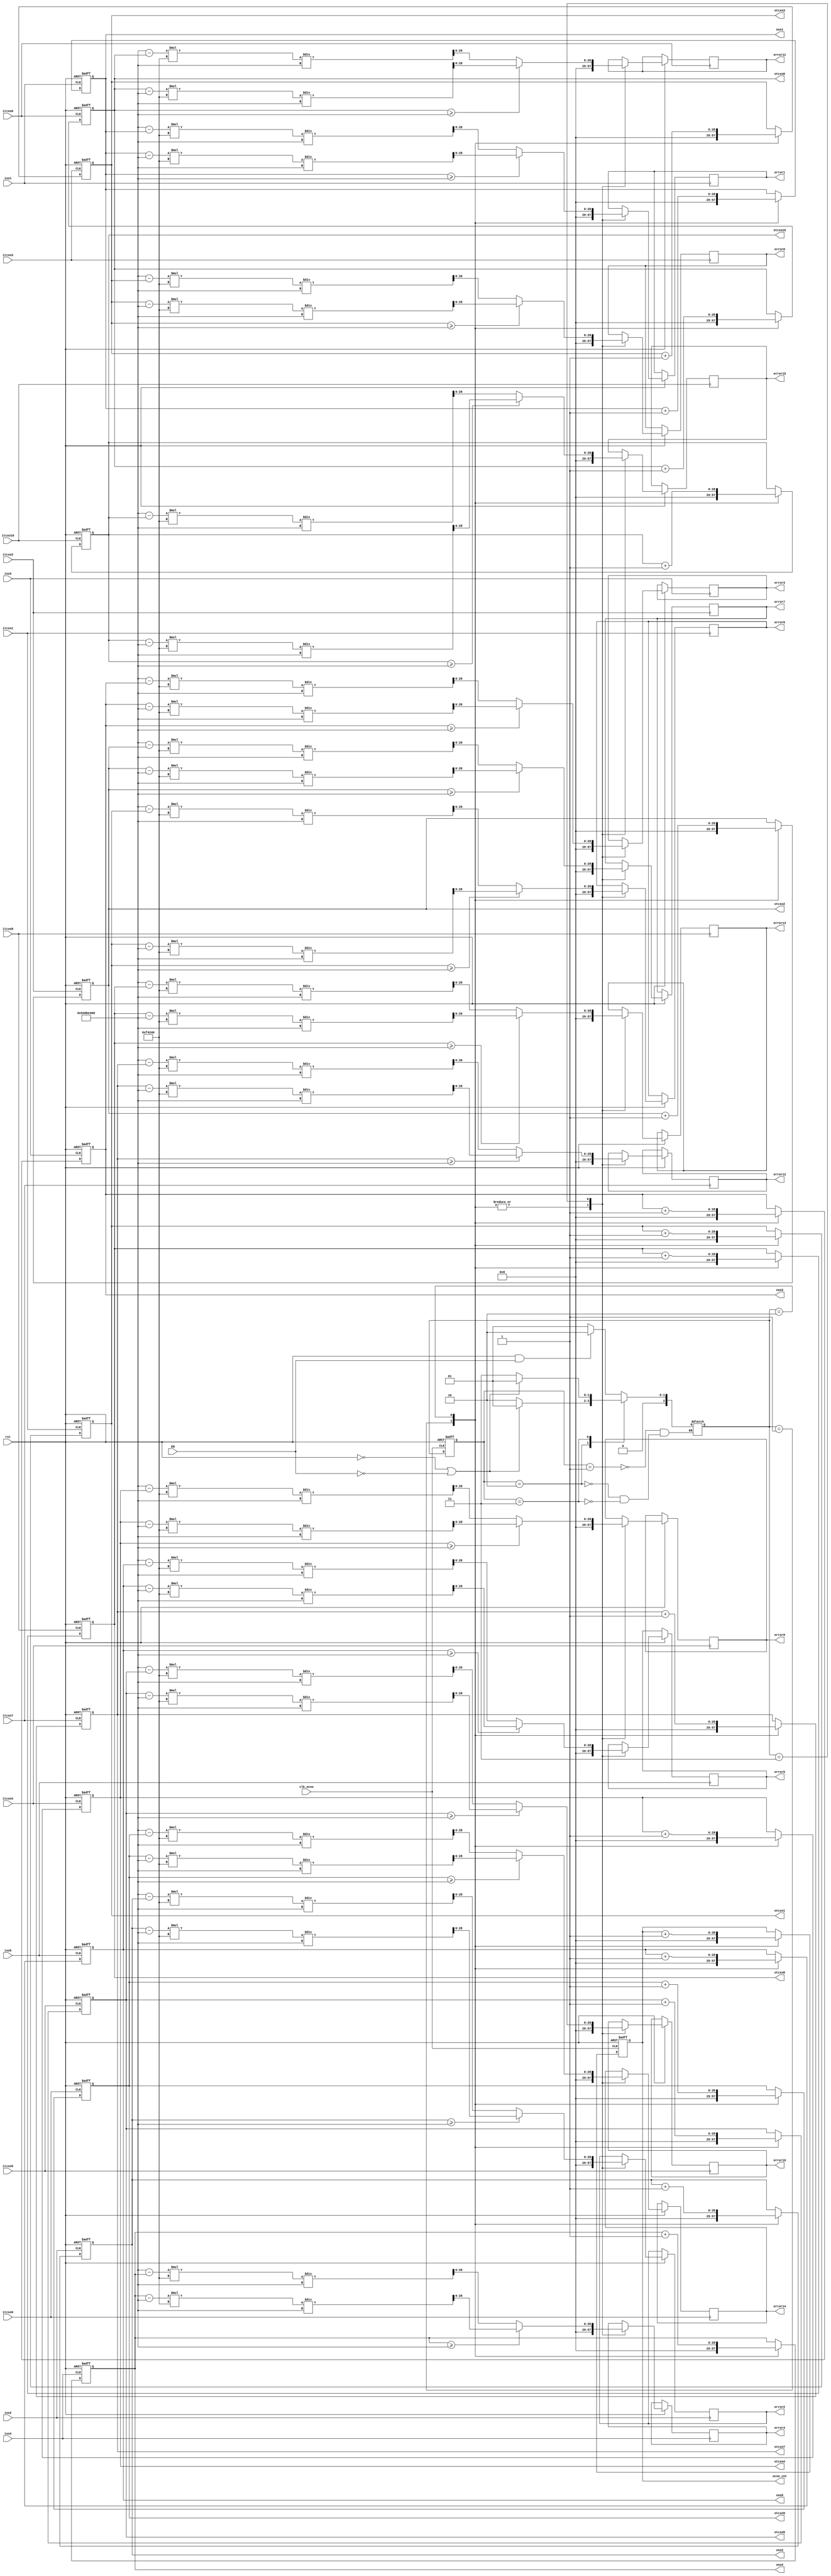
`timescale 1ns / 1ps
//////////////////////////////////////////////////////////////////////////////////
// Company: 
// Engineer: 
// 
// Design Name: 
// Module Name: Counter
// Project Name: 
// Target Devices: 
// Tool Versions: 
// Description: 
// 
// Dependencies: 
// 
// Revision:
// Revision 0.01 - File Created
// Additional Comments:
// 
//////////////////////////////////////////////////////////////////////////////////


module Counter #
(
parameter   bit_cnt = 29,                     //
parameter   frequency_clk_ref=100            //  ocxo100MHz
)
(
input                     rst,                   //
input                     EN,                   //
input                     clk_ocxo,             //ocxo
input                     ixo1,
input                     ixo2,
input                     ixo3,
input                     ixo4,
input                     ixo5,
input                     itcxo1,
input                     itcxo2,
input                     itcxo3,
input                     itcxo4,
input                     itcxo5,
input                     itcxo6,
input                     itcxo7,
input                     itcxo8,
input                     itcxo9,
input                     itcxo10,
output      reg     [bit_cnt-1:0]             error1,
output      reg     [bit_cnt-1:0]             error2,
output      reg     [bit_cnt-1:0]             error3,
output      reg     [bit_cnt-1:0]             error4,
output      reg     [bit_cnt-1:0]             error5,
output      reg     [bit_cnt-1:0]             error6,
output      reg     [bit_cnt-1:0]             error7,
output      reg     [bit_cnt-1:0]             error8,
output      reg     [bit_cnt-1:0]             error9,
output      reg     [bit_cnt-1:0]             error10,
output      reg     [bit_cnt-1:0]             error11,
output      reg     [bit_cnt-1:0]             error12,
output      reg     [bit_cnt-1:0]             error13,
output      reg     [bit_cnt-1:0]             error14,
output      reg     [bit_cnt-1:0]             error15,
output      reg     [bit_cnt-1:0]             ocxo_cnt,
output      reg     [bit_cnt-1:0]             oxo1,       
output      reg     [bit_cnt-1:0]             oxo2,       
output      reg     [bit_cnt-1:0]             oxo3,       
output      reg     [bit_cnt-1:0]             oxo4,       
output      reg     [bit_cnt-1:0]             oxo5,       
output      reg     [bit_cnt-1:0]             otcxo1,     
output      reg     [bit_cnt-1:0]             otcxo2,     
output      reg     [bit_cnt-1:0]             otcxo3,     
output      reg     [bit_cnt-1:0]             otcxo4,    
output      reg     [bit_cnt-1:0]             otcxo5,     
output      reg     [bit_cnt-1:0]             otcxo6,     
output      reg     [bit_cnt-1:0]             otcxo7,     
output      reg     [bit_cnt-1:0]             otcxo8,     
output      reg     [bit_cnt-1:0]             otcxo9,     
output      reg     [bit_cnt-1:0]             otcxo10    
);

localparam          cycle = 100000000 * frequency_clk_ref;         //ocxo
localparam          STATE=2;

localparam          IDLE = 1;
localparam          COUNT = 2;
localparam          STAY = 3;


reg     [STATE:0]   state;
reg     [STATE:0]   next_state;

//OCXO
//
always @ (posedge clk_ocxo or negedge rst)   //OCXOposedge clk_ocxo
begin
    if(rst == 1'b0)
        state <= IDLE;
    else
        state <= next_state;
end

always @ (*)
begin
    case(state)
        IDLE:
            if(rst==1'b1 && EN==1'b1)
                next_state = COUNT;
            else
                next_state = IDLE;
        COUNT:
            if(rst==1'b1  &&  EN==1'b1 && ocxo_cnt == cycle)
                next_state = STAY;
            else if (rst==1'b0 || EN==1'b0)
                next_state = IDLE;
            else
                next_state = COUNT;
        STAY:
            if(rst==1'b0  ||  EN==1'b0)
                next_state = IDLE;
            else
                next_state = STAY;
    endcase
end

always @ (posedge clk_ocxo or negedge rst)
    begin
        if (!rst) begin
            ocxo_cnt <= 25'b0;
        end
        else begin
            case(next_state)
                IDLE:   ocxo_cnt <= 25'b0;
                COUNT:  ocxo_cnt <= ocxo_cnt + 1'b1;
                STAY:   ocxo_cnt <= ocxo_cnt;
            endcase   
        end
    end

always @ (posedge ixo1 or negedge rst)
    begin
        if (!rst) begin
            oxo1 <= 25'b0;
        end
        else begin
            case(next_state)
            IDLE:   
                begin
                    oxo1 <= 25'b0; error1 <= 8'b0;
                end
            COUNT:  
                begin
                    oxo1 <= oxo1 + 1'b1; error1 <= 8'b0;
                end
            STAY:   
                begin
                    oxo1 <= oxo1;
                    if (oxo1 >= cycle)
                        error1 <= (oxo1 - cycle) * 1000000 / cycle;
                    else
                        error1 <= (cycle - oxo1) * 1000000 / cycle;
                end
            endcase   
        end
    end

always @ (posedge ixo2 or negedge rst)
    begin
        if (!rst) begin
            oxo2 <= 25'b0;
        end
        else begin
            case(next_state)
            IDLE:   
                begin
                    oxo2 <= 25'b0; error2 <= 8'b0;
                end
            COUNT:  
                begin
                    oxo2 <= oxo2 + 1'b1; error2 <= 8'b0;
                end    
            STAY:   
                begin
                oxo2 <= oxo2;
                    if (oxo2 >= cycle)
                        error2 <= (oxo2 - cycle) * 1000000 / cycle;
                    else
                        error2 <= (cycle - oxo2) * 1000000 / cycle;
                end
            endcase   
        end  
    end

always @ (posedge ixo3 or negedge rst)
    begin
        if (!rst) begin
            oxo3 <= 25'b0;
        end
        else begin
            case(next_state)
            IDLE:   
                begin 
                    oxo3 <= 25'b0; error3 <= 8'b0;
                end
            COUNT:  
                begin
                    oxo3 <= oxo3 + 1'b1; error3 <= 8'b0;
                end
            STAY:   
                begin
                oxo3 <= oxo3;
                    if (oxo3 >= cycle)
                        error3 <= (oxo3 - cycle) * 1000000 / cycle;
                    else
                        error3 <= (cycle - oxo3) * 1000000 / cycle;
                end
            endcase   
        end
    end

always @ (posedge ixo4 or negedge rst)
    begin
        if (!rst) begin
            oxo4 <= 25'b0;
        end
        else begin
            case(next_state)
            IDLE:   
                begin
                    oxo4 <= 25'b0; error4 <= 8'b0;
                end  
            COUNT:  
                begin
                    oxo4 <= oxo4 + 1'b1; error4 <= 8'b0;
                end  
            STAY:   
                begin
                oxo4 <= oxo4;
                    if (oxo4 >= cycle)
                        error4 <= (oxo4 - cycle) * 1000000 / cycle;
                    else
                        error4 <= (cycle - oxo4) * 1000000 / cycle;
                end
            endcase   
        end
    end

always @ (posedge ixo5 or negedge rst)
    begin
        if (!rst) begin
            oxo5 <= 25'b0;
        end
        else begin
            case(next_state)
            IDLE:   
                begin
                    oxo5 <= 25'b0; error5 <= 8'b0;
                end   
            COUNT: 
                begin
                    oxo5 <= oxo5 + 1'b1; error5 <= 8'b0;
                end  
            STAY:   
                begin
                oxo5 <= oxo5;
                    if (oxo5 >= cycle)
                        error5 <= (oxo5 - cycle) * 1000000 / cycle;
                    else
                        error5 <= (cycle - oxo5) * 1000000 / cycle;
                end
            endcase   
        end
    end

always @ (posedge itcxo1 or negedge rst)
    begin
        if (!rst) begin
            otcxo1 <= 25'b0;
        end
        else begin
            case(next_state)
            IDLE:   
                begin
                    otcxo1 <= 25'b0; error6 <= 8'b0;
                end       
            COUNT:  
                begin
                    otcxo1 <= otcxo1 + 1'b1; error6 <= 8'b0;
                end       
            STAY:   
                begin
                otcxo1 <= otcxo1;
                    if (otcxo1 >= cycle)
                        error6 <= (otcxo1 - cycle) * 1000000 / cycle;
                    else
                        error6 <= (cycle - otcxo1) * 1000000 / cycle;
                end
            endcase   
        end 
    end

always @ (posedge itcxo2 or negedge rst)
    begin
        if (!rst) begin
            otcxo2 <= 25'b0;
        end
        else begin
            case(next_state)
            IDLE:   
                begin
                    otcxo2 <= 25'b0; error7 <= 8'b0;
                end        
            COUNT:  
                begin
                    otcxo2 <= otcxo2 + 1'b1; error7 <= 8'b0;
                end      
            STAY:   
                begin
                otcxo2 <= otcxo2;
                    if (otcxo2 >= cycle)
                        error7 <= (otcxo2 - cycle) * 1000000 / cycle;
                    else
                        error7 <= (cycle - otcxo2) * 1000000 / cycle;
                end
            endcase   
        end    
    end

always @ (posedge itcxo3 or negedge rst)
    begin
        if (!rst) begin
            otcxo3 <= 25'b0;
        end
        else begin
            case(next_state)
            IDLE:   
                begin
                    otcxo3 <= 25'b0; error8 <= 8'b0;
                end
            COUNT:  
                begin
                    otcxo3 <= otcxo3 + 1'b1; error8 <= 8'b0;
                end  
            STAY:   
                begin
                otcxo3 <= otcxo3;
                    if (otcxo3 >= cycle)
                        error8 <= (otcxo3 - cycle) * 1000000 / cycle;
                    else
                        error8 <= (cycle - otcxo3) * 1000000 / cycle;
                end
            endcase   
        end 
    end

always @ (posedge itcxo4 or negedge rst)
    begin
        if (!rst) begin
            otcxo4 <= 25'b0;
        end
        else begin
            case(next_state)
            IDLE:   
                begin
                    otcxo4 <= 25'b0; error9 <= 8'b0;
                end 
            COUNT:  
                begin
                    otcxo4 <= otcxo4 + 1'b1; error9 <= 8'b0;
                end   
            STAY:   
                begin
                otcxo4 <= otcxo4;
                    if (otcxo4 >= cycle)
                        error9 <= (otcxo4 - cycle) * 1000000 / cycle;
                    else
                        error9 <= (cycle - otcxo4) * 1000000 / cycle;
                end
            endcase   
        end
    end

always @ (posedge itcxo5 or negedge rst)
    begin
        if (!rst) begin
            otcxo5 <= 25'b0;
        end
        else begin
            case(next_state)
            IDLE:   
                begin
                    otcxo5 <= 25'b0; error10 <= 8'b0;
                end
                    
            COUNT:  
                begin
                    otcxo5 <= otcxo5 + 1'b1; error10 <= 8'b0;
                end
            STAY:   
                begin
                otcxo5 <= otcxo5;
                    if (otcxo5 >= cycle)
                        error10 <= (otcxo5 - cycle) * 1000000 / cycle;
                    else
                        error10 <= (cycle - otcxo5) * 1000000 / cycle;
                end
            endcase   
        end
    end

always @ (posedge itcxo6 or negedge rst)
    begin
        if (!rst) begin
            otcxo6 <= 25'b0;
        end
        else begin
            case(next_state)
            IDLE:   
                begin
                    otcxo6 <= 25'b0; error11 <= 8'b0;
                end
            COUNT:  
                begin
                    otcxo6 <= otcxo6 + 1'b1; error11 <= 8'b0;
                end
            STAY:   
                begin
                otcxo6 <= otcxo6;
                    if (otcxo6 >= cycle)
                        error11 <= (otcxo6 - cycle) * 1000000 / cycle;
                    else
                        error11 <= (cycle - otcxo6) * 1000000 / cycle;
                end
            endcase   
        end
    end

always @ (posedge itcxo7 or negedge rst)
    begin
        if (!rst) begin
            otcxo7 <= 25'b0;
        end
        else begin
            case(next_state)
            IDLE:   
                begin
                    otcxo7 <= 25'b0; error12 <= 8'b0;
                end
            COUNT: 
                begin
                     otcxo7 <= otcxo7 + 1'b1; error12 <= 8'b0;
                 end
            STAY:   
                begin
                otcxo7 <= otcxo7;
                    if (otcxo7 >= cycle)
                        error12 <= (otcxo7 - cycle) * 1000000 / cycle;
                    else
                        error12 <= (cycle - otcxo7) * 1000000 / cycle;
                end
            endcase   
        end
    end

always @ (posedge itcxo8 or negedge rst)
    begin
        if (!rst) begin
            otcxo8 <= 25'b0;
        end
        else begin
            case(next_state)
            IDLE:   
            begin
                otcxo8 <= 25'b0; error13 <= 8'b0;
            end
            COUNT:  
            begin
                otcxo8 <= otcxo8 + 1'b1; error13 <= 8'b0;
            end 
            STAY:   
                begin
                otcxo8 <= otcxo8;
                    if (otcxo8 >= cycle)
                        error13 <= (otcxo8 - cycle) * 1000000 / cycle;
                    else
                        error13 <= (cycle - otcxo8) * 1000000 / cycle;
                end
            endcase   
        end
    end

always @ (posedge itcxo9 or negedge rst)
    begin
        if (!rst) begin
            otcxo9 <= 25'b0;
        end
        else begin
            case(next_state)
            IDLE:   
            begin
                otcxo9 <= 25'b0; error14 <= 8'b0;
            end  
            COUNT: 
            begin
                 otcxo9 <= otcxo9 + 1'b1; error14 <= 8'b0;
             end      
            STAY:   
                begin
                otcxo9 <= otcxo9;
                    if (otcxo9 >= cycle)
                        error14 <= (otcxo9 - cycle) * 1000000 / cycle;
                    else
                        error14 <= (cycle - otcxo9) * 1000000 / cycle;
                end
            endcase   
        end
    end

always @ (posedge itcxo10 or negedge rst)
    begin
        if (!rst) begin
            otcxo10 <= 25'b0;
        end
        else begin
            case(next_state)
            IDLE:   
                begin
                    otcxo10 <= 25'b0; error15 <= 8'b0;
                end
            COUNT: 
                begin
                     otcxo10 <= otcxo10 + 1'b1; error15 <= 8'b0;
                 end 
            STAY:   
                begin
                otcxo10 <= otcxo10;
                    if (otcxo10 >= cycle)
                        error15 <= (otcxo10 - cycle) * 1000000 / cycle;
                    else
                        error15 <= (cycle - otcxo10) * 1000000 / cycle;
                end
            endcase   
        end
    end

endmodule